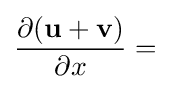
{\frac {\partial (\mathbf {u} +\mathbf {v} )}{\partial x}}=